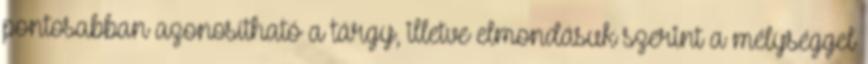
pontosabban azonosítható a tárgy, illetve elmondásuk szerint a mélységgel